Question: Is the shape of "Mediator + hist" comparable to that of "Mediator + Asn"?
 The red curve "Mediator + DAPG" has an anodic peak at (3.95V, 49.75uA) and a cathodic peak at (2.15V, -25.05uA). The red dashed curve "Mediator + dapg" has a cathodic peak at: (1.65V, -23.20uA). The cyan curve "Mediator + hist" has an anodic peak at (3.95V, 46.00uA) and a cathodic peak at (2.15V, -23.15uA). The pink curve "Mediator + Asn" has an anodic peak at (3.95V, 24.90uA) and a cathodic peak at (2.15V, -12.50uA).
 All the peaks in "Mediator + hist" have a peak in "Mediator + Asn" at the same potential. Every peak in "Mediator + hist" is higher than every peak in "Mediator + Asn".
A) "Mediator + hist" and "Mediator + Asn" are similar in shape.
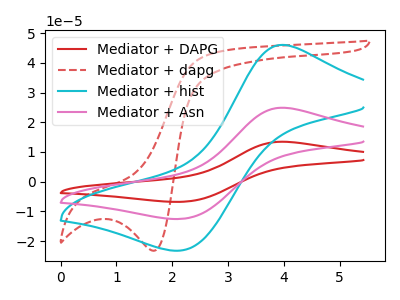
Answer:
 <answer>A) "Mediator + hist" and "Mediator + Asn" are similar in shape.</answer>
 <eval>A</eval>